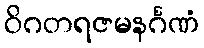
ဝိဂတရဇမနင်္ဂဏံ